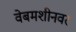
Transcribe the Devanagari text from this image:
वेबमशीनवर